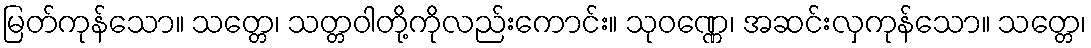
မြတ်ကုန်သော။ သတ္တေ၊ သတ္တဝါတို့ကိုလည်းကောင်း။ သုဝဏ္ဏေ၊ အဆင်းလှကုန်သော။ သတ္တေ၊